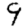
Digit: 9